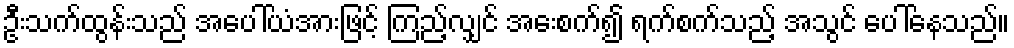
ဦးသက်ထွန်းသည် အပေါ်ယံအားဖြင့် ကြည့်လျှင် အေးစက်၍ ရက်စက်သည့် အသွင် ပေါ်နေသည်။